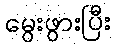
မွေးဖွားပြီး